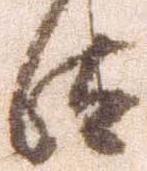
汰